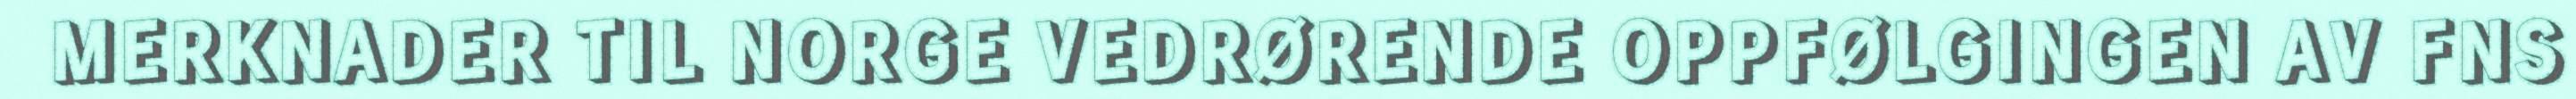
MERKNADER TIL NORGE VEDRØRENDE OPPFØLGINGEN AV FNS